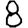
Digit: 8